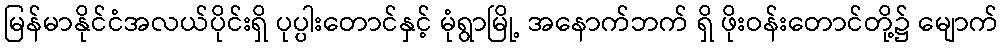
မြန်မာနိုင်ငံအလယ်ပိုင်းရှိ ပုပ္ပါးတောင်နှင့် မုံရွာမြို့ အနောက်ဘက် ရှိ ဖိုးဝန်းတောင်တို့၌ မျောက်